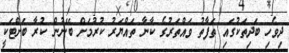
ދިވެހި ބަދިތަކުގައި ތަފާތު ވައްތަރުގެ ކާނާ ތައްޔަރު ކުރުމަށް ބޭނުން ކުރާ ބަށްޓަކީ